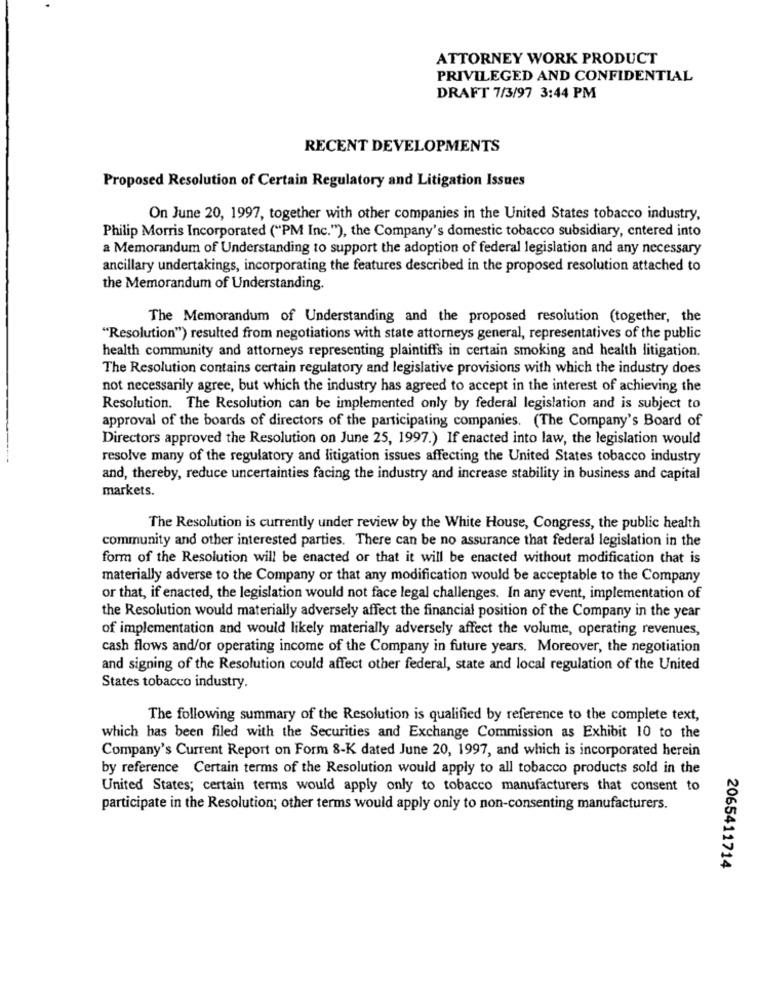
ATTORNEY WORK PRODUCT
PRIVILEGED AND CONFIDENTIAL
DRAFT 7/3/97 3:44 PM
RECENT DEVELOPMENTS
Proposed Resolution of Certain Regulatory and Litigation Issues
On June 20, 1997, together with other companies in the United States tobacco industry,
Philip Morris Incorporated ("PM Inc."), the Company's domestic tobacco subsidiary, entered into
a Memorandum of Understanding to support the adoption of federal legislation and any necessary
ancillary undertakings, incorporating the features described in the proposed resolution attached to
the Memorandum of Understanding.
The Memorandum of Understanding and the proposed resolution (together, the
"Resolution") resulted from negotiations with state attorneys general, representatives of the public
health community and attorneys representing plaintiffs in certain smoking and health litigation.
The Resolution contains certain regulatory and legislative provisions with which the industry does
not necessarily agree, but which the industry has agreed to accept in the interest of achieving the
Resolution. The Resolution can be implemented only by federal legislation and is subject to
approval of the boards of directors of the participating companies. (The Company's Board of
Directors approved the Resolution on June 25, 1997.) If enacted into law, the legislation would
resolve many of the regulatory and litigation issues affecting the United States tobacco industry
and, thereby, reduce uncertainties facing the industry and increase stability in business and capital
markets.
The Resolution is currently under review by the White House, Congress, the public health
community and other interested parties. There can be no assurance that federal legislation in the
form of the Resolution will be enacted or that it will be enacted without modification that is
materially adverse to the Company or that any modification would be acceptable to the Company
or that, if enacted, the legislation would not face legal challenges. In any event, implementation of
the Resolution would materially adversely affect the financial position of the Company in the year
of implementation and would likely materially adversely affect the volume, operating revenues,
cash flows and/or operating income of the Company in future years. Moreover, the negotiation
and signing of the Resolution could affect other federal, state and local regulation of the United
States tobacco industry.
The following summary of the Resolution is qualified by reference to the complete text,
which has been filed with the Securities and Exchange Commission as Exhibit 10 to the
Company's Current Report on Form 8-K dated June 20, 1997, and which is incorporated herein
by reference Certain terms of the Resolution would apply to all tobacco products sold in the
United States; certain terms would apply only to tobacco manufacturers that consent to
participate in the Resolution; other terms would apply only to non-consenting manufacturers.
2065411714